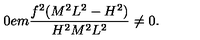
\hspace { 1 0 e m } \frac { f ^ { 2 } ( M ^ { 2 } L ^ { 2 } - H ^ { 2 } ) } { H ^ { 2 } M ^ { 2 } L ^ { 2 } } \neq 0 .